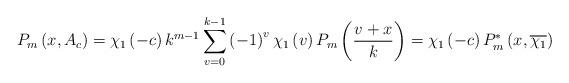
LaTeX: \begin{align*}P_{m}\left( x,A_{c}\right) =\chi_{1}\left( -c\right) k^{m-1}\sum\limits_{v=0}^{k-1}\left( -1\right) ^{v}\chi_{1}\left( v\right)P_{m}\left( \dfrac{v+x}{k}\right) =\chi_{1}\left( -c\right) P_{m}^{\ast}\left( x,\overline{\chi_{1}}\right) \end{align*}